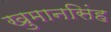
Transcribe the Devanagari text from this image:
खुमानसिंह